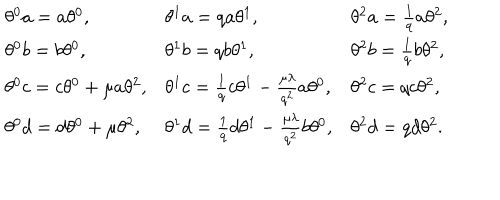
LaTeX: \begin{array} { l l l } { { \theta ^ { 0 } a = a \theta ^ { 0 } , } } & { { \theta ^ { 1 } a = q a \theta ^ { 1 } , } } & { { \theta ^ { 2 } a = \frac { 1 } { q } a \theta ^ { 2 } , } } \\ { { \theta ^ { 0 } b = b \theta ^ { 0 } , } } & { { \theta ^ { 1 } b = q b \theta ^ { 1 } , } } & { { \theta ^ { 2 } b = \frac { 1 } { q } b \theta ^ { 2 } , } } \\ { { \theta ^ { 0 } c = c \theta ^ { 0 } + \mu a \theta ^ { 2 } , } } & { { \theta ^ { 1 } c = \frac { 1 } { q } c \theta ^ { 1 } - \frac { \mu \lambda } { q ^ { 2 } } a \theta ^ { 0 } , } } & { { \theta ^ { 2 } c = q c \theta ^ { 2 } , } } \\ { { \theta ^ { 0 } d = d \theta ^ { 0 } + \mu \theta ^ { 2 } , } } & { { \theta ^ { 1 } d = \frac { 1 } { q } d \theta ^ { 1 } - \frac { \mu \lambda } { q ^ { 2 } } b \theta ^ { 0 } , } } & { { \theta ^ { 2 } d = q d \theta ^ { 2 } . } } \\ \end{array}